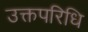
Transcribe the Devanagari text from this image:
उक्तपरिधि